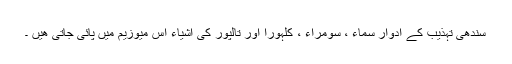
سندھی تہذیب کے ادوار سماء ، سومراء ، کلہورا اور تالپور کی اشیاء اِس میوزیم میں پائی جاتی ھیں ۔